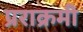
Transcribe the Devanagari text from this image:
प्रराक्रमी